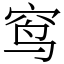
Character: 窎